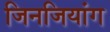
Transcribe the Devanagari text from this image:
जिनजियांग